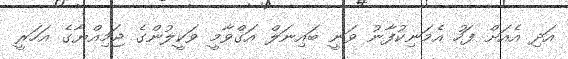
އަދި އެއަށް ފަހު އެމަނިކުފާނު ވަނީ ބައިނަލް އަގްވާމީ ވަކީލުންގެ ޖަމިއްޔާގެ އަހަރީ